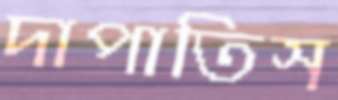
দাপাতিস